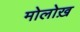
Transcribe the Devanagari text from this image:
मोलोख़